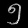
Digit: ၅